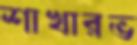
শাখারভ